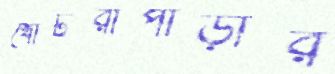
খোটরাপাড়ার